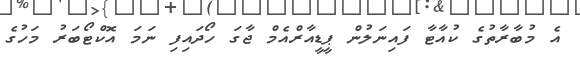
އެ މުބާރާތުގެ ކުއާޓާ ފައިނަލުން ޕީޑީއާރްއެމް ޖާގަ ހޯދައިފި ނަމަ އޮކްޓޯބަރު މަހުގެ